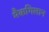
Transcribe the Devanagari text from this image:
मैकगिलान